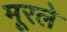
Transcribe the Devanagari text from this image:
मूरले